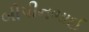
બીપીનભાઈ